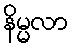
နိမ္မလာ